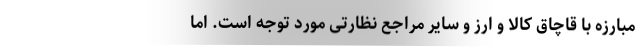
مبارزه با قاچاق کالا و ارز و سایر مراجع نظارتی مورد توجه است. اما